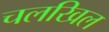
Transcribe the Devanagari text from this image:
चलखिल